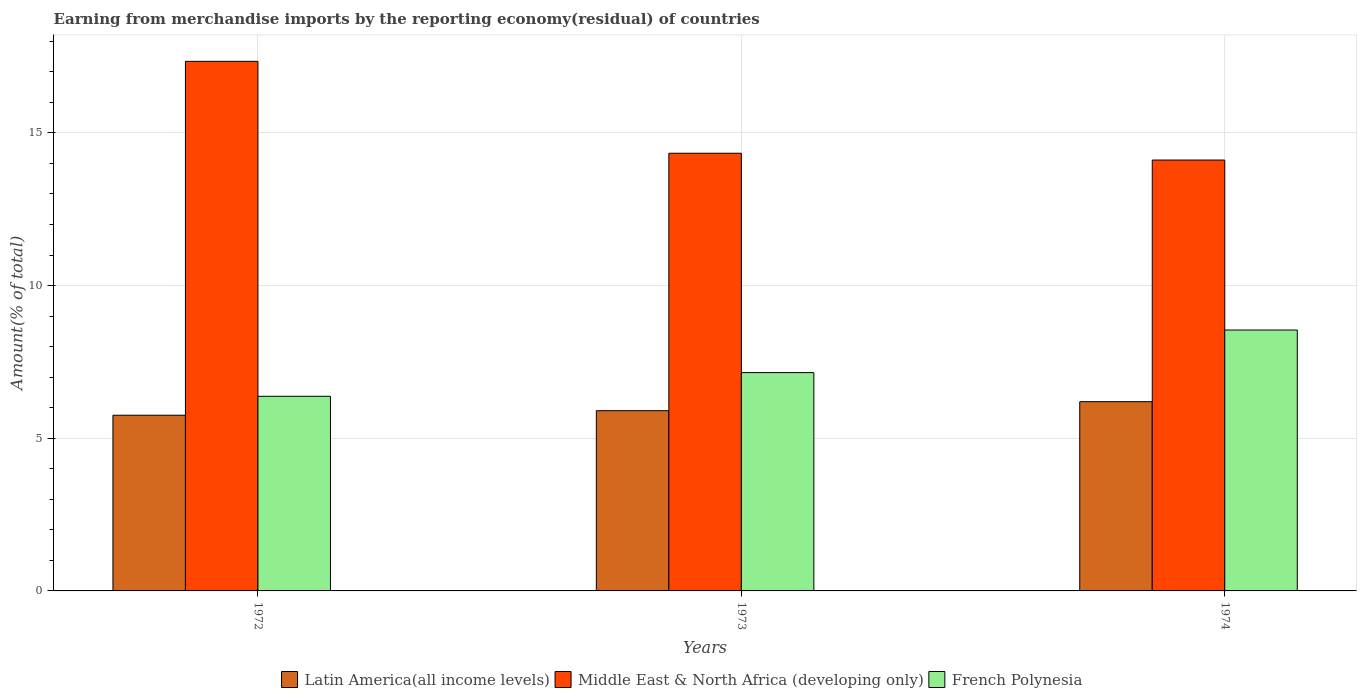
| Years | Latin America(all income levels) | Middle East & North Africa (developing only) | French Polynesia |
 | --- | --- | --- | --- |
 | 1972 | 5.75 | 17.3 | 6.37 |
 | 1973 | 5.9 | 14.3 | 7.15 |
 | 1974 | 6.2 | 14.1 | 8.54 |